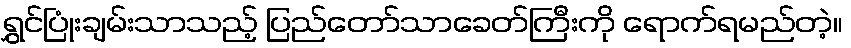
ရွှင်ပြုံးချမ်းသာသည့် ပြည်တော်သာခေတ်ကြီးကို ရောက်ရမည်တဲ့။